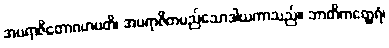
အပရာဇိတောဂဟပတိ၊ အပရာဇိတမည်သောဒါယကာသည်။ ဘာတိကတ္ထေရံ၊